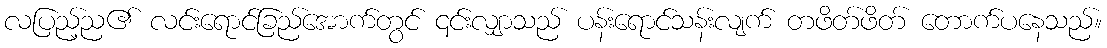
လပြည့်ည၏ လင်းရောင်ခြည်အောက်တွင် ၎င်းလျှာသည် ပန်းရောင်သန်းလျက် တဖိတ်ဖိတ် တောက်ပနေသည်။